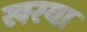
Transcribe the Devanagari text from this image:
खरया